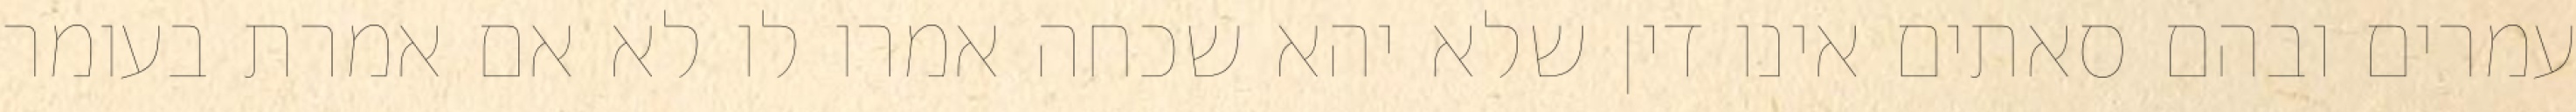
עמרים ובהם סאתים אינו דין שלא יהא שכחה אמרו לו לא אם אמרת בעומר